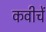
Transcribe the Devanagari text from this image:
कवीचें